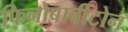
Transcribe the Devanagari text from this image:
फिनोबार्बीटोन